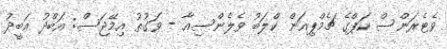
ވެޓެރަންސް ކަޕްގެ ޗެމްޕިއަން ކްލަބު ވެލެންސިއާ - ވަގުތު އިމޭޖަސް: އަބްދު އަބީދު